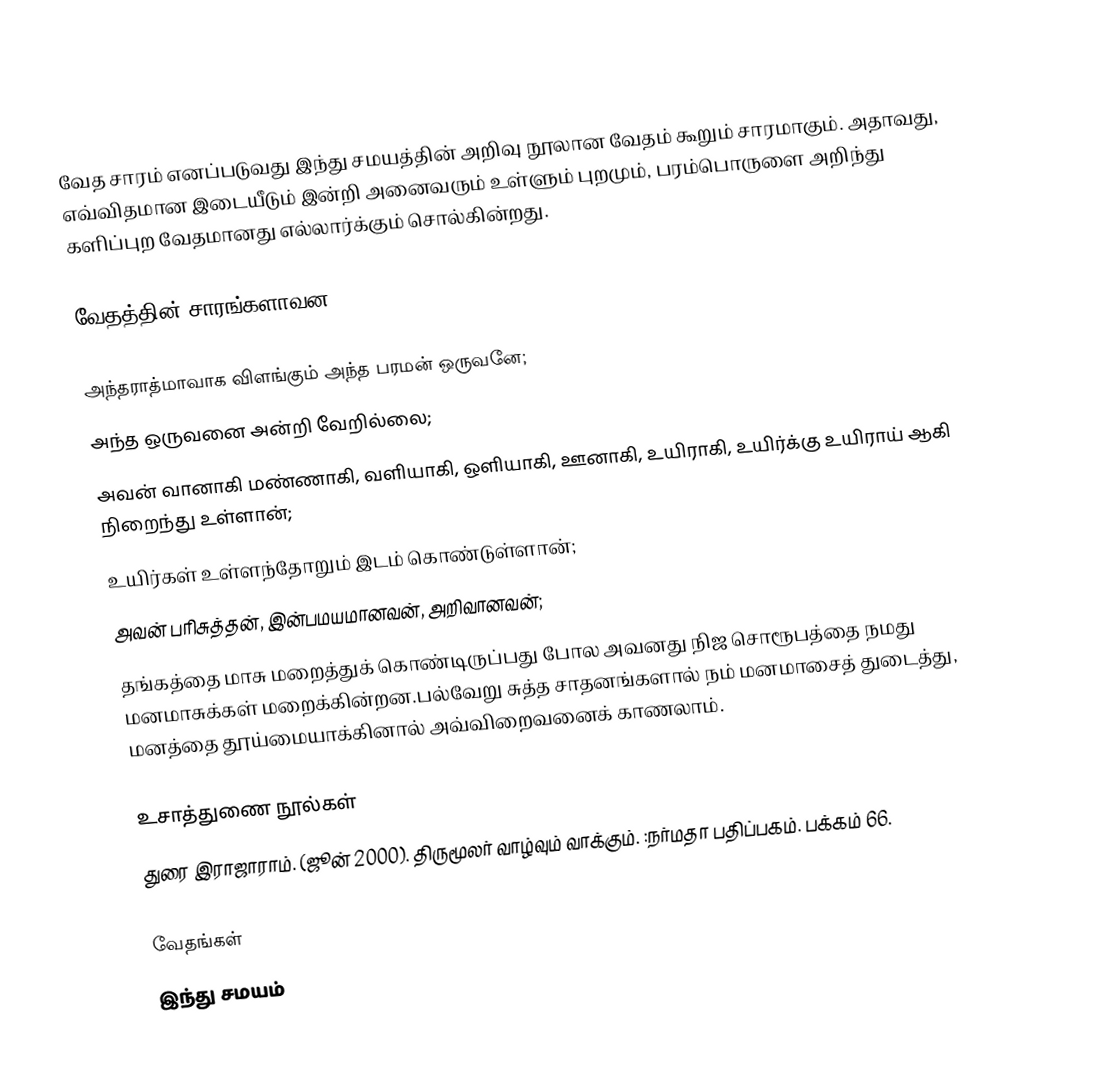
வேத சாரம் எனப்படுவது இந்து சமயத்தின் அறிவு நூலான வேதம் கூறும் சாரமாகும். அதாவது, எவ்விதமான இடையீடும் இன்றி அனைவரும் உள்ளும் புறமும், பரம்பொருளை அறிந்து களிப்புற வேதமானது எல்லார்க்கும் சொல்கின்றது.

வேதத்தின் சாரங்களாவன:

 அந்தராத்மாவாக விளங்கும் அந்த பரமன் ஒருவனே;
 அந்த ஒருவனை அன்றி வேறில்லை;
 அவன் வானாகி மண்ணாகி, வளியாகி, ஒளியாகி, ஊனாகி, உயிராகி, உயிர்க்கு உயிராய் ஆகி நிறைந்து உள்ளான்;
 உயிர்கள் உள்ளந்தோறும் இடம் கொண்டுள்ளான்;
 அவன் பரிசுத்தன், இன்பமயமானவன், அறிவானவன்;
 தங்கத்தை மாசு மறைத்துக் கொண்டிருப்பது போல அவனது நிஜ சொரூபத்தை நமது மனமாசுக்கள் மறைக்கின்றன.பல்வேறு சுத்த சாதனங்களால் நம் மனமாசைத் துடைத்து, மனத்தை தூய்மையாக்கினால் அவ்விறைவனைக் காணலாம்.

உசாத்துணை நூல்கள்
 துரை இராஜாராம். (ஜூன் 2000). திருமூலர் வாழ்வும் வாக்கும். :நர்மதா பதிப்பகம். பக்கம் 66.

வேதங்கள்
இந்து சமயம்